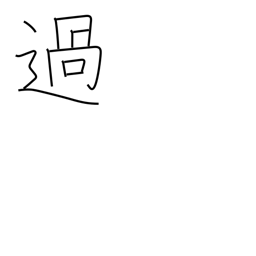
Meaning: exceed